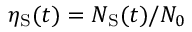
\eta _ { \mathrm { S } } ( t ) = N _ { \mathrm { S } } ( t ) / N _ { 0 }